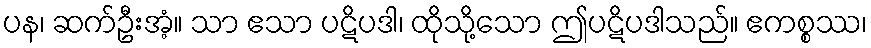
ပန၊ ဆက်ဦးအံ့။ သာ ဧသာ ပဋိပဒါ၊ ထိုသို့သော ဤပဋိပဒါသည်။ ဧကစ္စဿ၊